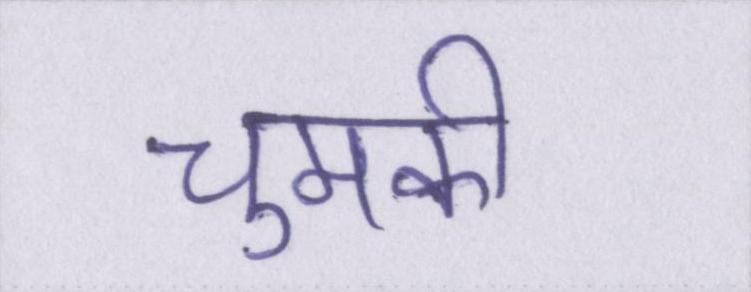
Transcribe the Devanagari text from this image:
चुमकी